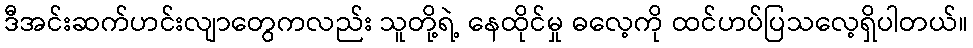
ဒီအင်းဆက်ဟင်းလျာတွေကလည်း သူတို့ရဲ့ နေထိုင်မှု ဓလေ့ကို ထင်ဟပ်ပြသလေ့ရှိပါတယ်။